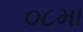
૦૮મા